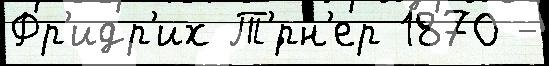
Фр'идр'их Т'́рн'ер 1870 -